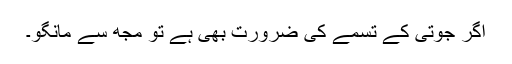
اگر جوتی کے تسمے کی ضرورت بھی ہے تو مجھ سے مانگو۔